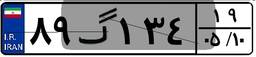
۹۹گ۳۲۱۷۹